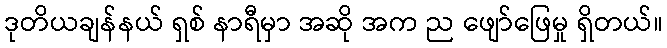
ဒုတိယချန်နယ် ရှစ် နာရီမှာ အဆို အက ည ဖျော်ဖြေမှု ရှိတယ်။